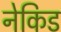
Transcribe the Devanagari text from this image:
नेकिड